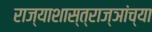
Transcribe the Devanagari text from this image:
राज्याशास्त्राज्ञांच्या